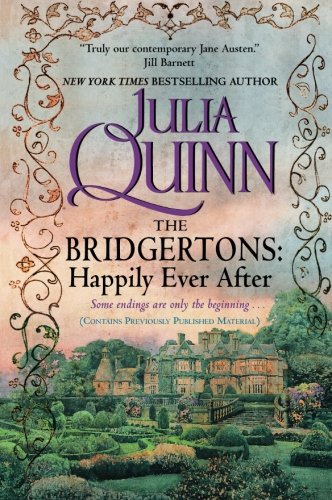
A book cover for The Bridgertons: Happily Ever After; Julia Quinn; Romance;